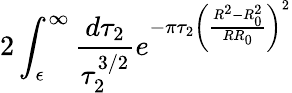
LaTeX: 2\int_{\epsilon}^{\infty}\frac{d\tau_{2}}{\tau_{2}^{3/2}}e^{-\pi\tau_{2}\left(\frac{R^{2}-R_{0}^{2}}{RR_{0}}\right)^{2}}